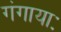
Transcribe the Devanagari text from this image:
गंगायाः